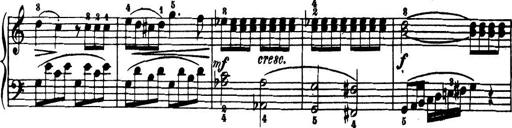
Title: 32 Sonatinas and Rondos for the Piano
Composer: Richard Kleinmichel